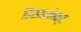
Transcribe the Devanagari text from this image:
डिसकनेक्ट